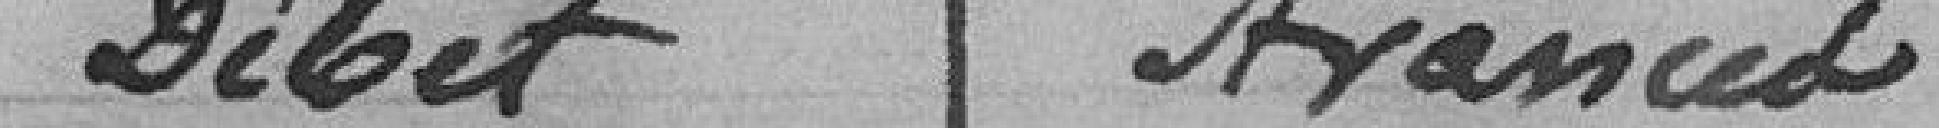
Débit Avance